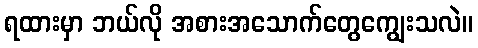
ရထားမှာ ဘယ်လို အစားအသောက်တွေကျွေးသလဲ။